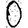
Digit: 0